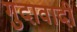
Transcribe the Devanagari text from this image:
गुदावादी